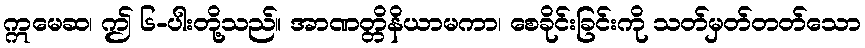
ဣမေဆ၊ ဤ ၆-ပါးတို့သည်။ အာဏတ္တိနိယာမကာ၊ စေခိုင်းခြင်းကို သတ်မှတ်တတ်သော